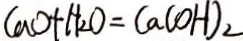
C a O + H _ { 2 } O = C a ( O H ) _ { 2 }